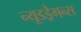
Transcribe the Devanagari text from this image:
न्यूडड्रैगन्स